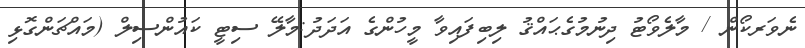
ނެވަރކޯން / މާލެވޯޓު ދިނުމުގެޙައްޤު ލިބިފައިވާ މީހުންގެ އަދަދު:މާލޭ ސިޓީ ކައުންސިލް (މައްޗަންގޮޅި